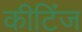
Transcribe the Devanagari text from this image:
कीटिंज